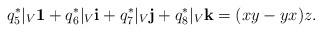
LaTeX: \begin{align*}q^*_5|_V {\bf 1}+q^*_6|_V {\bf i} +q^*_7|_V {\bf j} +q^*_8|_V {\bf k}=(xy-yx)z.\end{align*}